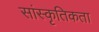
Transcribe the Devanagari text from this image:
सांस्कृतिकता